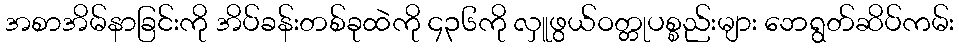
အစာအိမ်နာခြင်းကို အိပ်ခန်းတစ်ခုထဲကို ၄၃၆ကို လှူဖွယ်ဝတ္တုပစ္စည်းများ ဘေရွတ်ဆိပ်ကမ်း